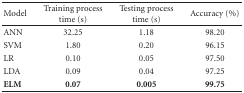
| Model | Training process time (s) | Testing process time (s) | Accuracy (%) |
 | --- | --- | --- | --- |
 | ANN | 32.25 | 1.18 | 98.20 |
 | SVM | 1.80 | 0.20 | 96.15 |
 | LR | 0.10 | 0.05 | 97.50 |
 | LDA | 0.09 | 0.04 | 97.25 |
 | ELM | 0.07 | 0.005 | 99.75 |